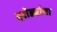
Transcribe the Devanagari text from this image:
दरोड्यांचा